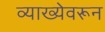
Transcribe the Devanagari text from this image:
व्याख्येवरून